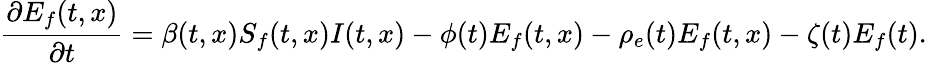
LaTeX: \frac{\partial E_{f}(t,x)}{\partial t}=\beta(t,x)S_{f}(t,x)I(t,x)-\phi(t)E_{f}(t,x)-\rho_{e}(t)E_{f}(t,x)-\zeta(t)E_{f}(t).